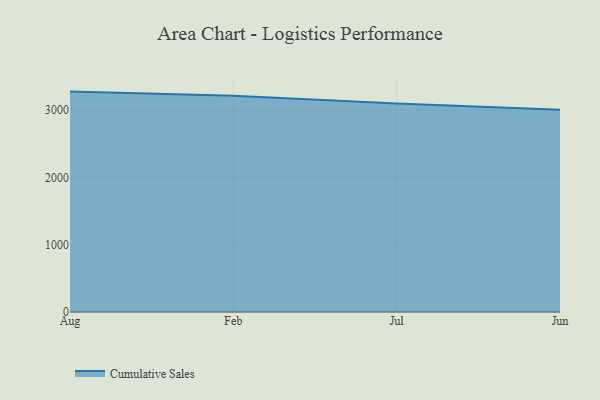
{"axis": {"x": "Month", "y": "Backlog"}, "legend": ["Cumulative Sales"], "data": [{"x": "Aug", "y": 3275.8, "type": "Cumulative Sales"}, {"x": "Feb", "y": 3213.3, "type": "Cumulative Sales"}, {"x": "Jul", "y": 3098.7, "type": "Cumulative Sales"}, {"x": "Jun", "y": 3005.3, "type": "Cumulative Sales"}]}